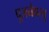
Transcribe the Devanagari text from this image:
पूजयेद्यस्तु